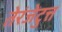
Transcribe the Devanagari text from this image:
तेरंजेटुत्त